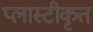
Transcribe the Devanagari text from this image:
प्लास्टीकृत